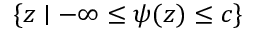
\{ z \mid - \infty \leq \psi ( z ) \leq c \}